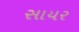
સાયર